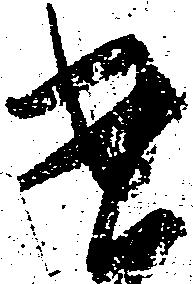
遣